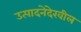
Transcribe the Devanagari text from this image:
उत्पादनेदेखील